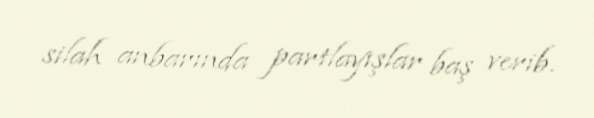
silah anbarında partlayışlar baş verib.